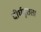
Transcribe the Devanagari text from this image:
दीर्घवृतता